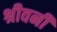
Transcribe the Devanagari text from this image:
श्रीवनी